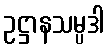
ဥဋ္ဌာနသမ္ပဒါ